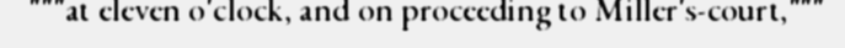
"""at eleven o'clock, and on proceeding to Miller's-court,"""